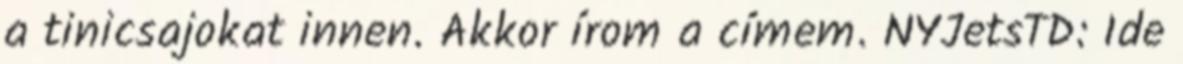
a tinicsajokat innen. Akkor írom a címem. NYJetsTD: Ide